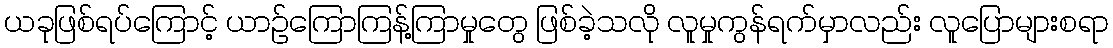
ယခုဖြစ်ရပ်ကြောင့် ယာဉ်ကြောကြန့်ကြာမှုတွေ ဖြစ်ခဲ့သလို လူမှုကွန်ရက်မှာလည်း လူပြောများစရာ